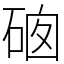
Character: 𥓁